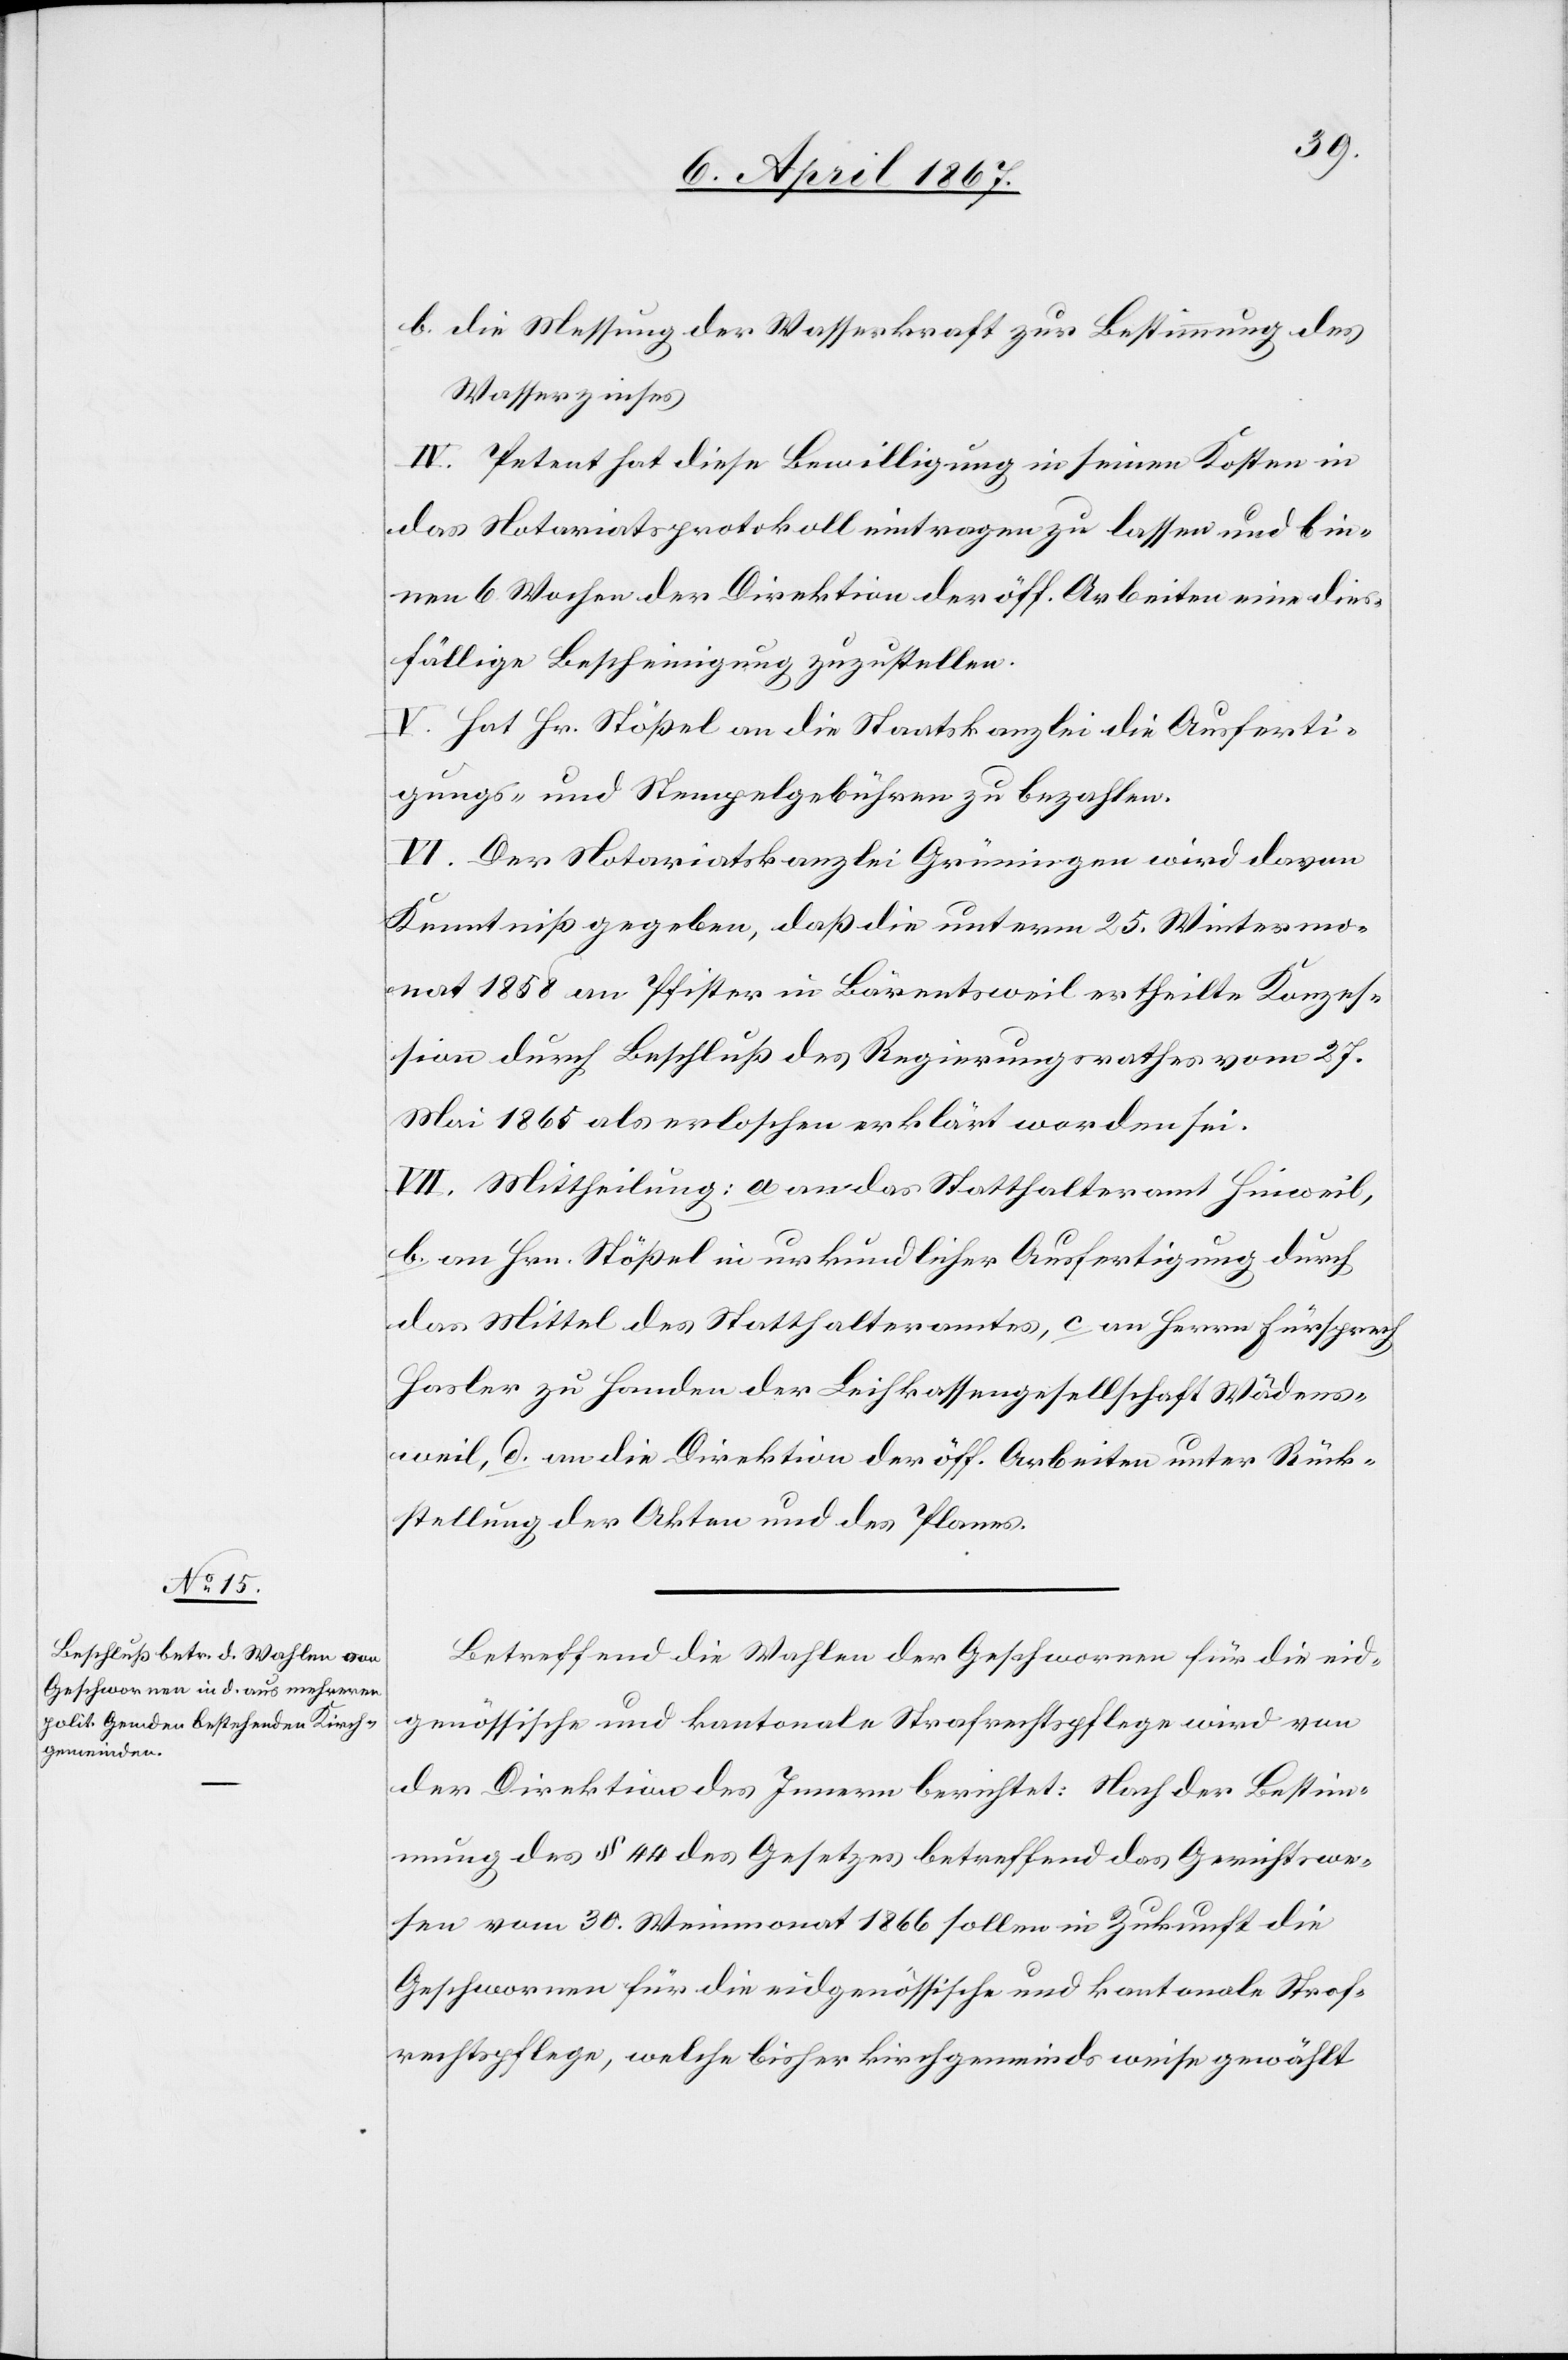
b.	die Messung der Wasserkraft zur Bestimmung des
Wasserzinses
IV. Petent hat diese Bewilligung in seinen Kosten in
das Notariatsprotokoll eintragen zu lassen und bin¬
nen 6 Wochen der Direktion der öff. Arbeiten eine dies¬
fällige Bescheinigung zuzustellen.
V. Hat Hr. Stößel an die Staatskanzlei die Ausferti¬
gungs- und Stempelgebühren zu bezahlen.
VI. Der Notariatskanzlei Grüningen wird davon
Kenntniß gegeben, daß die unterm 25. Wintermo¬
nat 1858 an Pfister in Bärentsweil ertheilte Konzes¬
sion durch Beschluß des Regierungsrathes vom 27.
Mai 1865 als erloschen erklärt worden sei.
VII. Mittheilung: a an das Statthalteramt Hinweil,
b. an Hrn. Stößel in urkundlicher Ausfertigung durch
das Mittel des Statthalteramtes, c an Herrn Fürsprech
Hasler zu Handen der Leihkassengesellschaft Wädens¬
weil, d. an die Direktion der öff. Arbeiten unter Rück¬
stellung der Akten und des Planes.
Betreffend die Wahlen der Geschworenen für die eid¬
genössische und kantonale Strafrechtspflege wird von
der Direktion des Innern berichtet: Nach der Bestim¬
mung des § 44 des Gesetzes betreffend das Gerichtswe¬
sen vom 30. Weinmonat 1866 sollen in Zukunft die
Geschworenen für die eidgenössische und kantonale Straf¬
rechtspflege, welche bisher kirchgemeindsweise gewählt